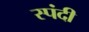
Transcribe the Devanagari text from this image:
स्पंदी